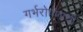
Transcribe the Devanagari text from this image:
गर्भरोपणाची